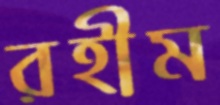
রহীম